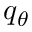
q _ { \theta }